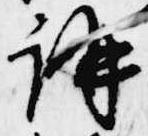
講